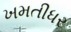
ખમતીધર